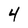
Character: 4